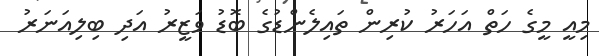
މިއީ މީގެ ހަތް އަހަރު ކުރިން ތައިލެންޑުގެ ބޮޑު ވަޒީރު އަދި ބިލިއަނަރު